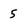
Character: 5